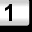
Digit: 1